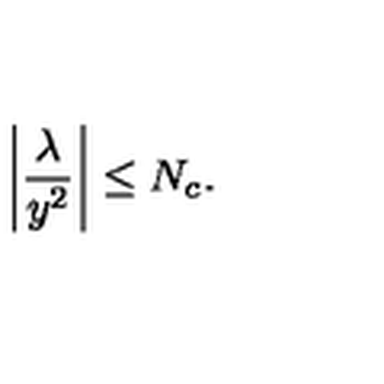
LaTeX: \left| \frac { \lambda } { y ^ { 2 } } \right| \leq N _ { c } .